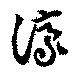
濠